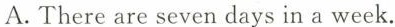
A. There are seven days in aweek.